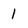
Character: l